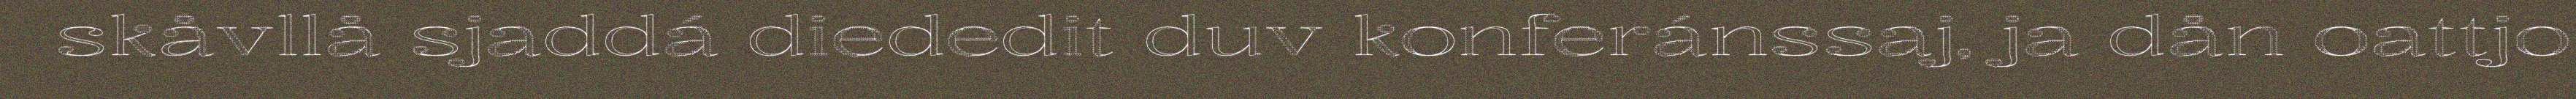
skåvllå sjaddá diededit duv konferánssaj, ja dån oattjo